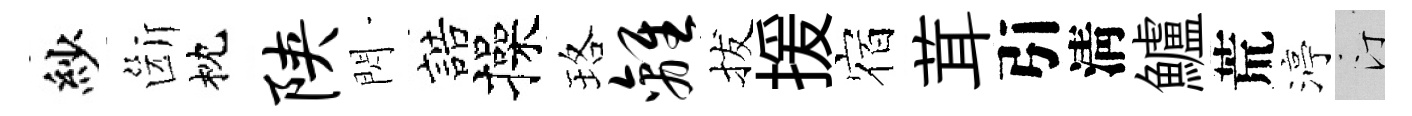
紗斷枕陕閃誥操珞离拔援宿茸引淸鱸荒渟汀